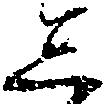
し